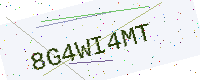
Text: 8G4WI4MT